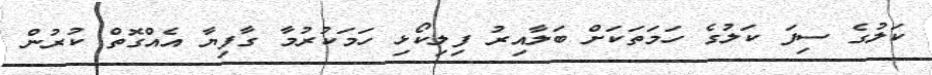
ކަލުގެ ސިފަ ކަލުގެ ހަމަތަކަށް ބަލާއިރު ފިލިކޯޅި ހަމަކުރުމާ ގާފިޔާ އެއްގޮތް ކުރުން